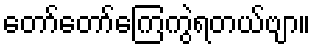
တော်တော်ကြေကွဲရတယ်ဗျာ။